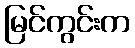
မြင်ကွင်းက